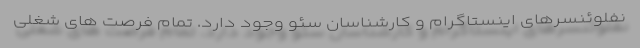
نفلوئنسرهای اینستاگرام و کارشناسان سئو وجود دارد. تمام فرصت های شغلی